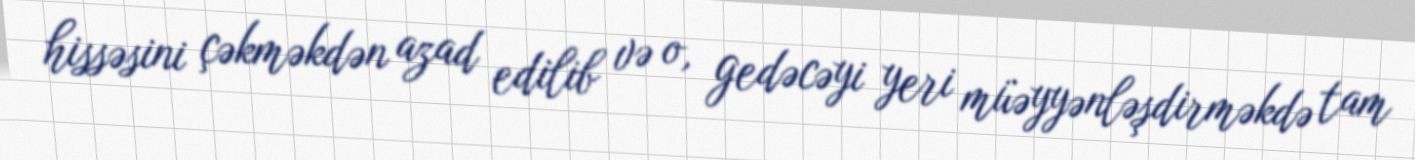
hissəsini çəkməkdən azad edilib və o, gedəcəyi yeri müəyyənləşdirməkdə tam